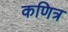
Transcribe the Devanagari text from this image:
कणित्र